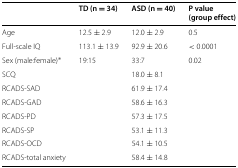
<table><thead><tr><td><b> </b></td><td><b>TD (n = 34)</b></td><td><b>ASD (n = 40)</b></td><td><b>P value (group effect)</b></td></tr></thead><tbody><tr><td>Age</td><td>12.5 ± 2.9</td><td>12.0 ± 2.9</td><td>0.5</td></tr><tr><td>Full-scale IQ</td><td>113.1 ± 13.9</td><td>92.9 ± 20.6</td><td>&lt; 0.0001</td></tr><tr><td>Sex (male:female) <sup>∗</sup></td><td>19:15</td><td>33:7</td><td>0.02</td></tr><tr><td>SCQ</td><td> </td><td>18.0 ± 8.1</td><td> </td></tr><tr><td>RCADS-SAD</td><td> </td><td>61.9 ± 17.4</td><td> </td></tr><tr><td>RCADS-GAD</td><td> </td><td>58.6 ± 16.3</td><td> </td></tr><tr><td>RCADS-PD</td><td> </td><td>57.3 ± 17.5</td><td> </td></tr><tr><td>RCADS-SP</td><td> </td><td>53.1 ± 11.3</td><td> </td></tr><tr><td>RCADS-OCD</td><td> </td><td>54.1 ± 10.5</td><td> </td></tr><tr><td>RCADS-total anxiety</td><td> </td><td>58.4 ± 14.8</td><td> </td></tr></tbody></table>